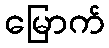
မြောက်